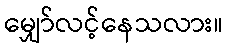
မျှော်လင့်နေသလား။